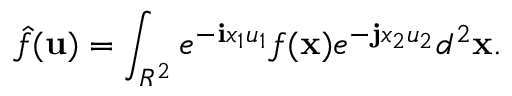
\hat { f } ( { \bf u } ) = \int _ { R ^ { 2 } } e ^ { - { \bf i } x _ { 1 } u _ { 1 } } f ( { \bf x } ) e ^ { - { \bf j } x _ { 2 } u _ { 2 } } d ^ { 2 } { \bf x } .